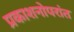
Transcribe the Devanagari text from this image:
प्रकाशनोपरांत